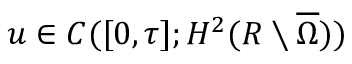
u \in C ( [ 0 , \tau ] ; H ^ { 2 } ( R \setminus \overline { \Omega } ) )